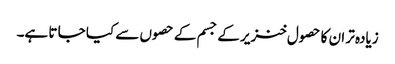
زیادہ تر ان کا حصول خنزیر کے جسم کے حصوں سے کیا جا تا ہے۔